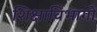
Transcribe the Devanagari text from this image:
शिक्षाविभागों